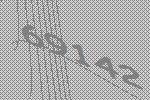
69142